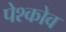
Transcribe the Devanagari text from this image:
पेश्कोव